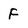
Character: F